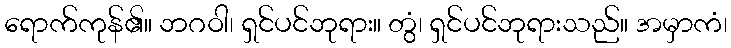
ရောက်ကုန်၏။ ဘဂဝါ၊ ရှင်ပင်ဘုရား။ တွံ၊ ရှင်ပင်ဘုရားသည်။ အမှာကံ၊